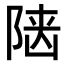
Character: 𨺞